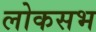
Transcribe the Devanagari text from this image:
लोकसभ